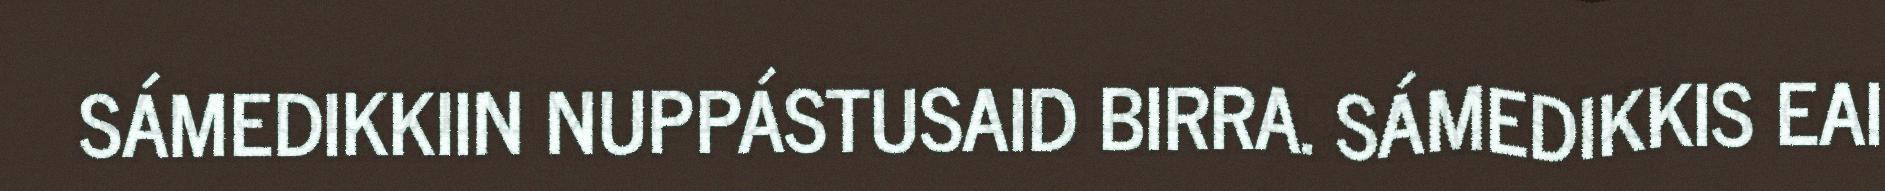
SÁMEDIKKIIN NUPPÁSTUSAID BIRRA. SÁMEDIKKIS EAI